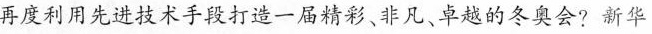
再度利用先进技术手段打造一届稠彩、非凡、草越的冬奥会?新华